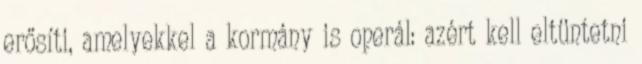
erősíti, amelyekkel a kormány is operál: azért kell eltüntetni